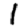
Digit: 1